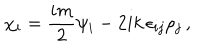
\chi _ { i } = \frac { i m } { 2 } \psi _ { i } - 2 i k \, \epsilon _ { i j } \rho _ { j } \, ,